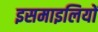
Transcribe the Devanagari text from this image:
इसमाइलियों